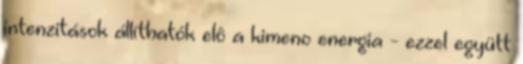
intenzitások állíthatók elô a kimeno energia - ezzel együtt